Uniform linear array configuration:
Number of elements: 48
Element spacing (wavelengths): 0.75
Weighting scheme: uniform
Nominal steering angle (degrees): -15
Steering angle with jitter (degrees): -15.984
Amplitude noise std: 0.05
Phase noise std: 0.05

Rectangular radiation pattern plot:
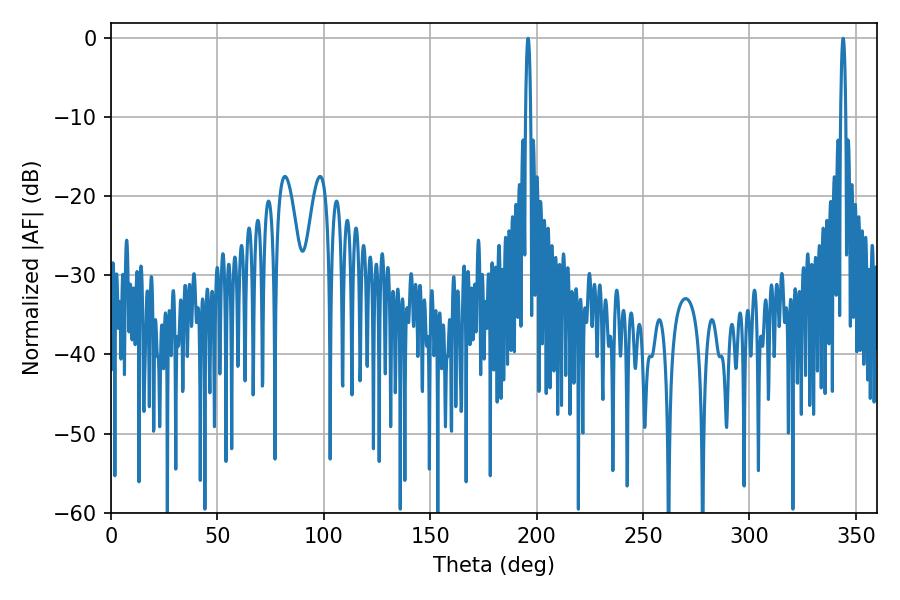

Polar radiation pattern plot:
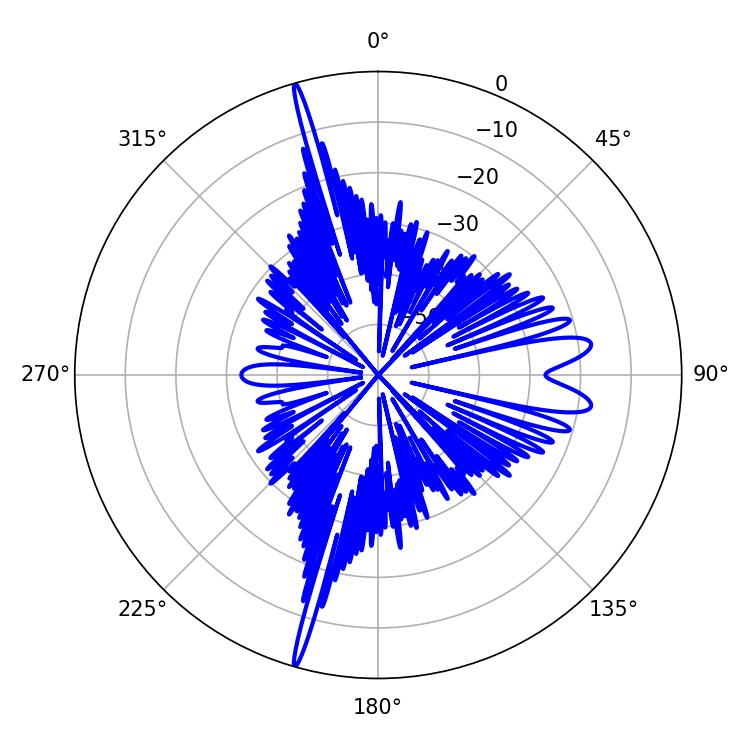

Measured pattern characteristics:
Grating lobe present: TRUE
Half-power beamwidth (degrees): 1.26
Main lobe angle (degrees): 343.98